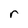
Character: r